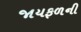
જાયફળની